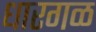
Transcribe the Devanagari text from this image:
धारगळ